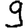
Digit: 9